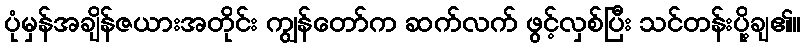
ပုံမှန်အချိန်ဇယားအတိုင်း ကျွန်တော်က ဆက်လက် ဖွင့်လှစ်ပြီး သင်တန်းပို့ချ၏။